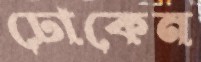
ঢোকেন